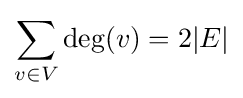
\sum _{v\in V}\deg(v)=2|E|